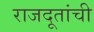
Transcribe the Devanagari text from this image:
राजदूतांची